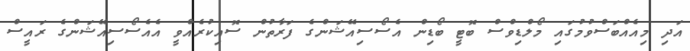
އަދި މިއެއްބަސްވުމުގައި މޯލްޑިވްސް ބޮޓީ ބޯޑިން އެސޯސިއޭޝަންގެ ފަރާތުން ސޮއިކުރެއްވީ އެއެސޯސިއޭޝަންގެ ރައީސް